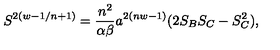
S ^ { 2 ( w - 1 / n + 1 ) } = { \frac { n ^ { 2 } } { \alpha \beta } } a ^ { 2 ( n w - 1 ) } ( 2 S _ { B } S _ { C } - S _ { C } ^ { 2 } ) ,